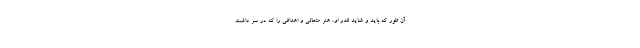
آن‌ طور که باید و شاید قدر او، هنر متعالی و اهدافی را که در سر داشت